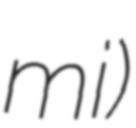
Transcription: mi)